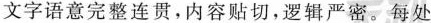
文字语意完整连贯，内容贴切,逻辑严密。每处